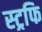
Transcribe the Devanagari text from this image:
स्ट्रफि